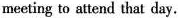
meeting to attend that day.